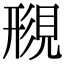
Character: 𫌟